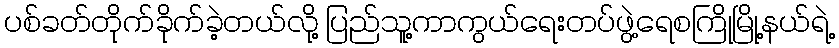
ပစ်ခတ်တိုက်ခိုက်ခဲ့တယ်လို့ ပြည်သူ့ကာကွယ်ရေးတပ်ဖွဲ့ရေစကြိုမြို့နယ်ရဲ့